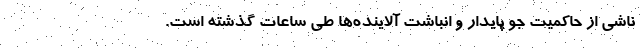
ناشی از حاکمیت جو پایدار و انباشت آلاینده‌ها طی ساعات گذشته است.